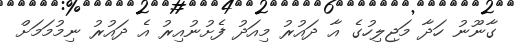
ގާނޫނު ހަދާ މަޖިލިހުގެ އާ ދައުރު މިއަދު ފެށުނުއިރު އެ ދައުރު ނިމުމަމަށް